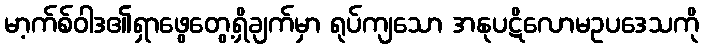
မာ့က်စ်ဝါဒ၏ရှာဖွေတွေ့ရှိချက်မှာ ရုပ်ကျသော အနုပဋိလောမဥပဒေသကို